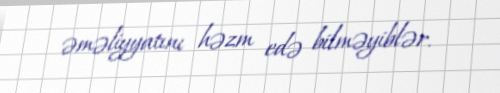
əməliyyatını həzm edə bilməyiblər.